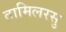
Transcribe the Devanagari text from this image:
तामिलरसु